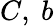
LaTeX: C,\ b